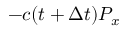
- c ( t + \Delta t ) P _ { x }